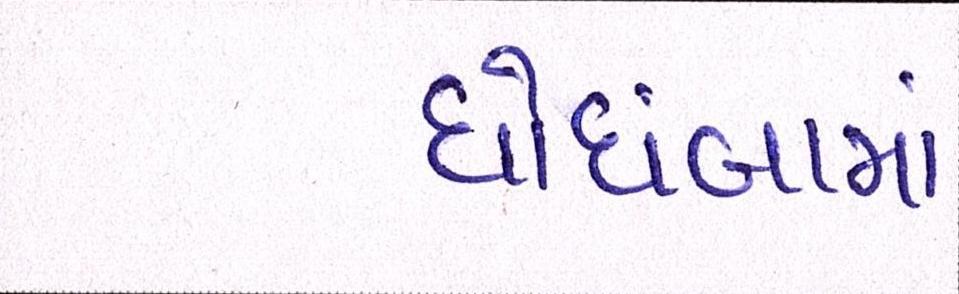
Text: ઘોઘંબામાં